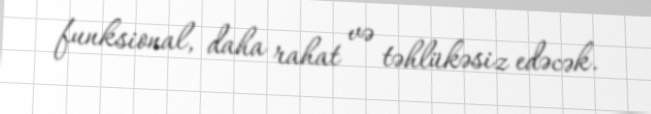
funksional, daha rahat və təhlükəsiz edəcək.